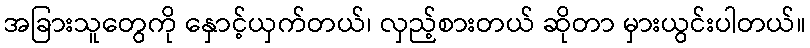
အခြားသူတွေကို နှောင့်ယှက်တယ်၊ လှည့်စားတယ် ဆိုတာ မှားယွင်းပါတယ်။